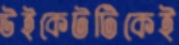
উইকেটটিকেই